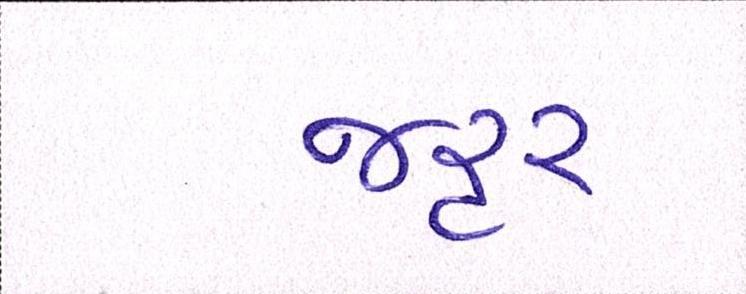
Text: જરૃર